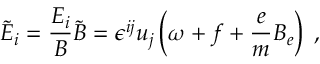
\tilde { E } _ { i } = \frac { E _ { i } } { B } \tilde { B } = \epsilon ^ { i j } u _ { j } \left( \omega + f + \frac { e } { m } B _ { e } \right) \; ,